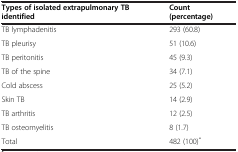
| Types of isolated extrapulmonary TB identified | Count (percentage) |
 | --- | --- |
 | TB lymphadenitis | 293 (60.8) |
 | TB pleurisy | 51 (10.6) |
 | TB peritonitis | 45 (9.3) |
 | TB of the spine | 34 (7.1) |
 | Cold abscess | 25 (5.2) |
 | Skin TB | 14 (2.9) |
 | TB arthritis | 12 (2.5) |
 | TB osteomyelitis | 8 (1.7) |
 | Total | 482 (100)* |